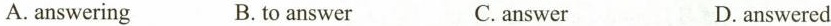
A. answering B.to answer C. answer D. answered